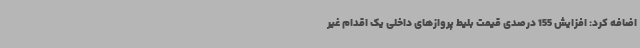
اضافه کرد: افزایش 155 درصدی قیمت بلیط پروازهای داخلی یک اقدام غیر